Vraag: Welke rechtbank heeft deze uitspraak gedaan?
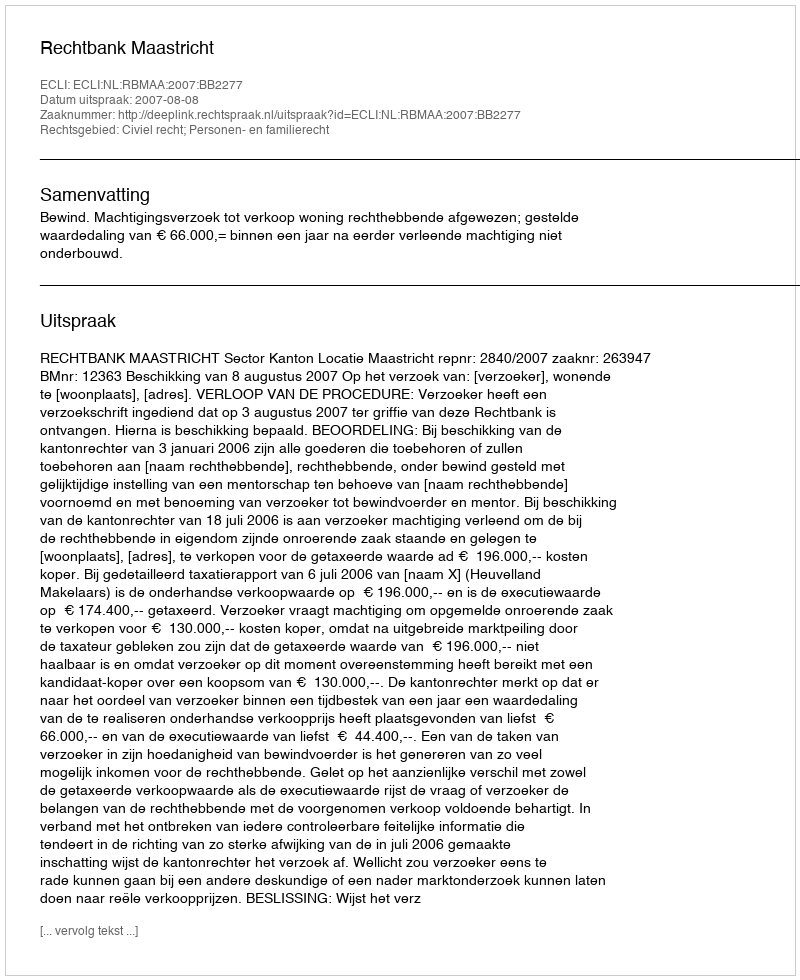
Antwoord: Rechtbank Maastricht